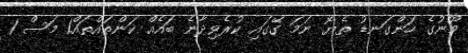
މޫނުގެ ހަންގަނޑު ތެޔޮ ނަމަ ގޭގައި ކުރެވިދާނެ ބައެއް ކަންތައްތައް1 މަސް 1